Vana-Antsla_vallavalitsus, lk 81
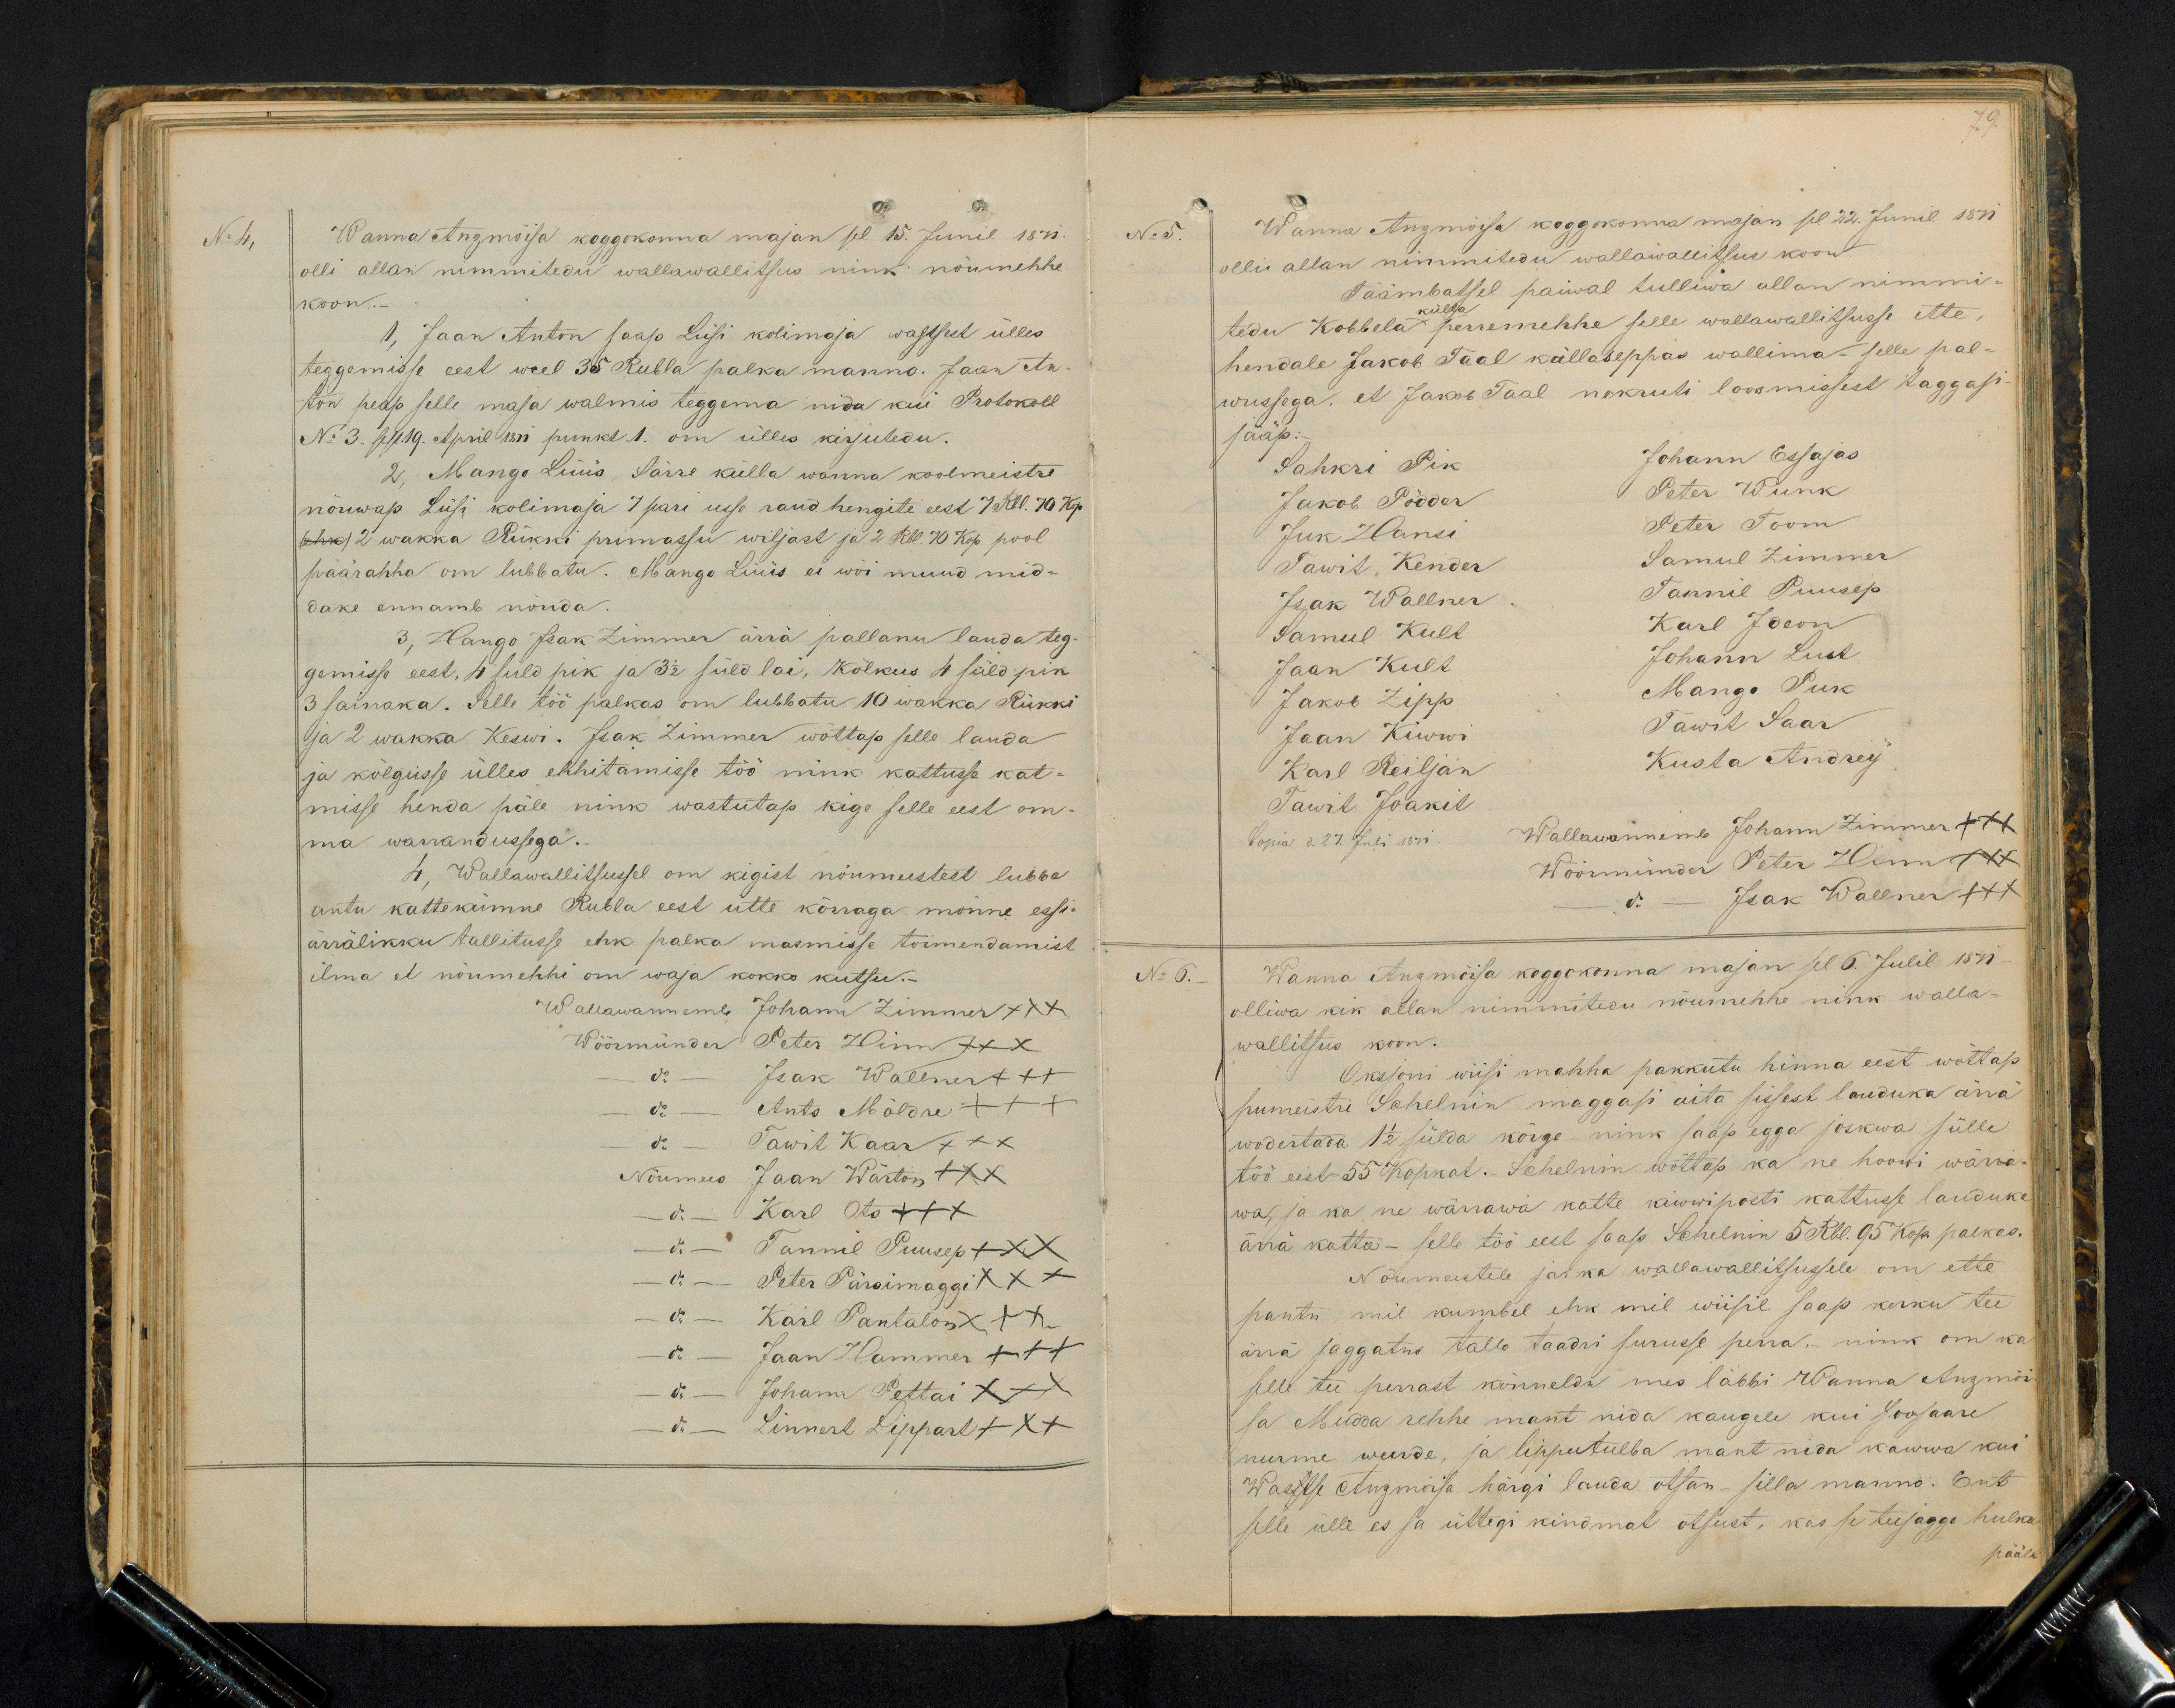
No 4,
Wanna Anzmõisa koggokonna majan sel 15. Junil 1871.
olli allan nimmitedu wallawallitsus nink nõumehhe
koon.
1, Jaan Anton saap Lüsi kolimaja wastsest ülles
teggemisse eest weel 35 Rubla palka manno. Jaan An-
ton peap selle maja walmis teggema nida kui Protokoll
No 3. sell 19. April 1871 punkt. 1. om ülles kirjutedu.
2. Mango Lüüs, Särre külla wanna koolmeistre
nõuwap Lüsi kolimaja 7 pari usse raud hengite eest 7 Rbl. 70 kp.
(ehk) 2 wakka Rükki primassu wiljast ja 2 Rbl. 70 kop pool
päärahha om lubbatu. Mango Lüüs ei wõi muud mid-
dake ennamb nõuda
3, Hango Isak Zimmer ärrä pallanu lauda teg-
gemisse eest, 4 süld pik ja 3 1/2 sülda, kõlkus 4 süld pik
3 sainaka. Selle töö palkas on lubbatu 10 wakka Rükki
ja 2 wakka Keswi. Isak Zimmer wõttap selle lauda
ja kõlgusse ülles ehhitamisse töö nink kattusse kat-
misse henda päle nink wastutap kige selle eest om-
ma warrandussega.
4, Wallawallitsussel on kigist nõumeestest lubba
antu kattekümne Rubla eest ütte kõrraga mõnne essi-
ärrälikku tallitusse ehk palka masmisse toimendamist
ilma et nõumehhi on waja kokko kutsu.
Wallawannemb Johann Zimmer +++
Wöörmünder Peter Hinn XXX
do - Jaak Wallner +++
do - Ants Möldre XXX
do - Tawit Kaar XXX
Nõumees Jaan Wärton XXX
do - Karl Ots XXX
do - Tannil Puusep XXX
do  - Peter Pärsimaggi XXX
do - Karl Pantalon XXX
do - Jaan Hammer +++
do - Johann Pettai XXX
do - Linnert Lippart XXX

No 5.
Wanna Anzmöisa koggokonna majan sel 22. Junil 1871.
olli allan nimmitedu wallawallitsus koon.
Täämbatsel paiwal tulliwa ollan nimmi-
tedu Kobbela külla perremehhe selle wallawallitsusse ette,
hendale Jakob Taal küllaseppas wallima - selle pal-
wussega, et Jakob Taal nekruti loosmissest taggasi
jääp.-
Sahkri Pik
Johann Essajas
Jakob Pödder
Peter Wunk
Juk Hansi
Peter Toom
Tawit Kender
Samul Zimmer
Isak Wallner
Tannil Puusep
Samul Kult
Karl Ideon
Jaan Kult
Johann Lust
Jakob Zipp
Mango Puk
Tawit Saar
Jaan Kiwwi
Karl Reiljan
Kusta Andrey
Tawit Joakil
Copia d. 27. Juli 1871.
Wallawannemb Johann Zimmer +++
Wöörmünder Peter Hinn
do. - Isak Wallner XXX
No 6.
Wanna Anzmõisa koggokonna majan sel 6. Julil 1871
olliwa kik allan nimmitedu nõumehhe nink walla-
wallitsus koon.
Oksjoni wiisi mahha pakkutu hinna eest wõttap
pumeistri Schelnin maggasi aita sissest lauduka ärrä
wodestada 1 1/2 sülda kõige - nink saap egga joskwa sülle
töö eest 55 Kopkat. Schelnin wõttap ka ne hoowi wärra-
wa, ja ka ne wärrawa katte kiwiposti kattusse lauduka
ärrä katta - selle töö eest saap Schelinin 5 Rbl. 95 kop. palkas.
Nõumeestele ja ka wallawallitsussele om ette
pantu, mil kumbel ehk mil wiisil saap kerku tee
ärrä jaggatus tallo taadri surusse perra. - nink om ka
selle tee perrast kõnneldu mes läbbi Wanna Anzmõi-
sa Mudda rehhe mant nida kaugele kui soosaare
nurme weerde, ja lipputulba mant nida kawwa kui
Wasstse Anzmõisa härgi lauda otsan - silla manno. Ent
selle ülle es sa üttegi kindmat otsust, kas se teejaggo hulka
päält